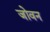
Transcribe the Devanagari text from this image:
जोवन